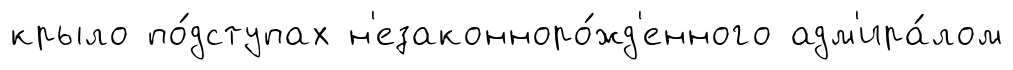
крыло по́дступах н'езаконноро́жд'енного адм'ира́лом